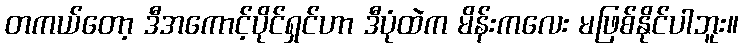
တကယ်တော့ ဒီအကောင့်ပိုင်ရှင်ဟာ ဒီပုံထဲက မိန်းကလေး မဖြစ်နိုင်ပါဘူး။